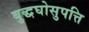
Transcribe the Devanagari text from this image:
बुद्धघोसुपत्ति